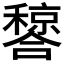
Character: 𬔂